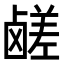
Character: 鹾